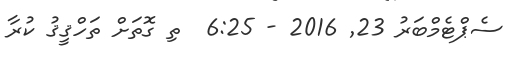
ސެޕްޓެމްބަރު 23